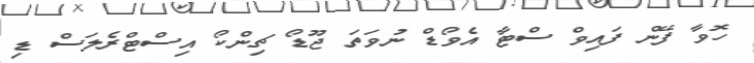
ހޮވާ ފޭން ފައިވް ސްޓާ އެވޯޑް ނުވަތަ ޖޫޑޯ ޗިންކޯ އިސްޓްރެލަސް ޑި